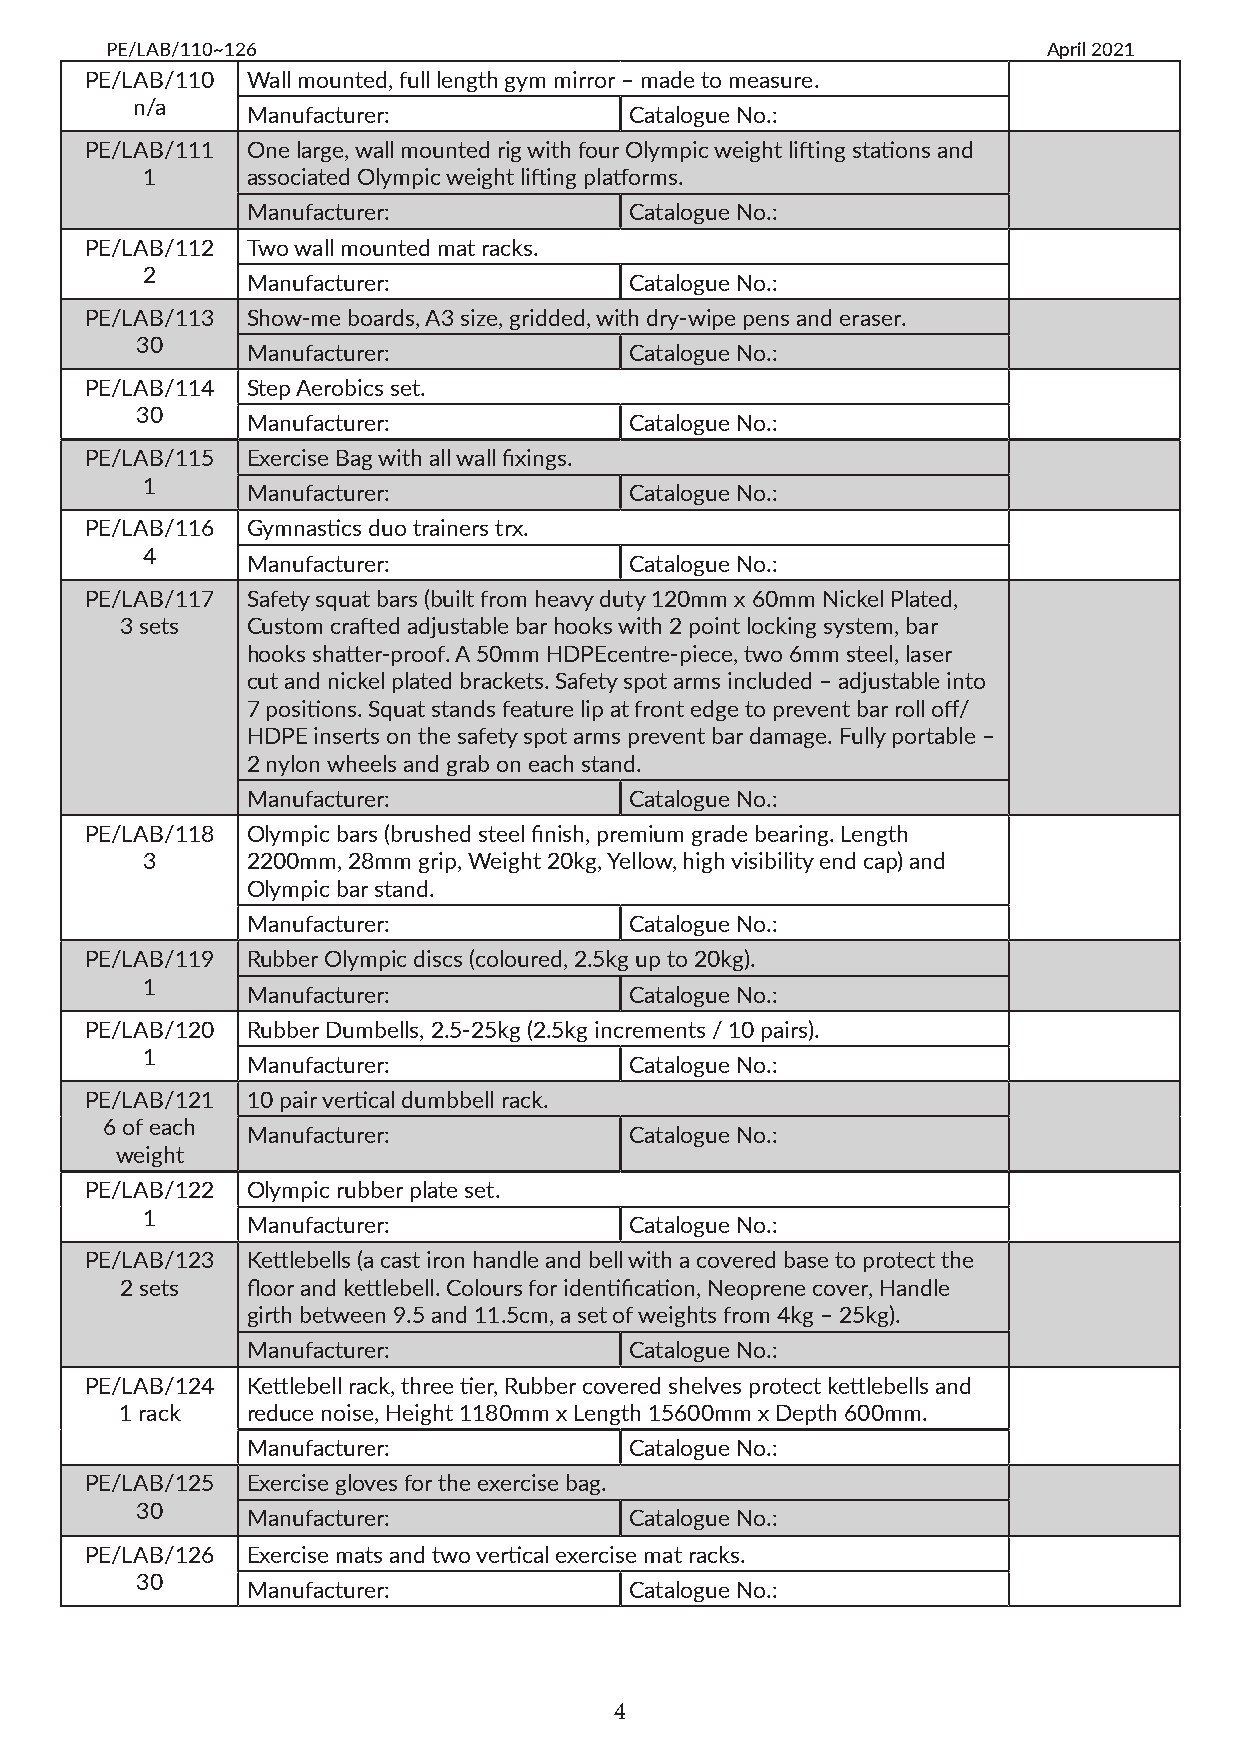
PE/LAB/110~126                                                April 2021
 PE/LAB/110 Wall mounted, full length gym mirror – made to measure.
 n/a
 Manufacturer:             Catalogue No.:
 PE/LAB/111 One large, wall mounted rig with four Olympic weight lifting stations and
 1      associated Olympic weight lifting platforms.
 Manufacturer:             Catalogue No.:
 PE/LAB/112 Two wall mounted mat racks.
 2
 Manufacturer:             Catalogue No.:
 PE/LAB/113 Show-me boards, A3 size, gridded, with dry-wipe pens and eraser.
 30
 Manufacturer:             Catalogue No.:
 PE/LAB/114 Step Aerobics set.
 30
 Manufacturer:             Catalogue No.:
 PE/LAB/115 Exercise Bag with all wall fixings.
 1
 Manufacturer:             Catalogue No.:
 PE/LAB/116 Gymnastics duo trainers trx.
 4
 Manufacturer:             Catalogue No.:
 PE/LAB/117 Safety squat bars (built from heavy duty 120mm x 60mm Nickel Plated,
 3 sets  Custom crafted adjustable bar hooks with 2 point locking system, bar
 hooks shatter-proof. A 50mm HDPEcentre-piece, two 6mm steel, laser
 cut and nickel plated brackets. Safety spot arms included – adjustable into
 7 positions. Squat stands feature lip at front edge to prevent bar roll off/
 HDPE inserts on the safety spot arms prevent bar damage. Fully portable –
 2 nylon wheels and grab on each stand.
 Manufacturer:             Catalogue No.:
 PE/LAB/118 Olympic bars (brushed steel finish, premium grade bearing. Length
 3      2200mm, 28mm grip, Weight 20kg, Yellow, high visibility end cap) and
 Olympic bar stand.
 Manufacturer:             Catalogue No.:
 PE/LAB/119 Rubber Olympic discs (coloured, 2.5kg up to 20kg).
 1
 Manufacturer:             Catalogue No.:
 PE/LAB/120 Rubber Dumbells, 2.5-25kg (2.5kg increments / 10 pairs).
 1
 Manufacturer:             Catalogue No.:
 PE/LAB/121 10 pair vertical dumbbell rack.
 6 of each
 Manufacturer:             Catalogue No.:
 weight
 PE/LAB/122 Olympic rubber plate set.
 1
 Manufacturer:             Catalogue No.:
 PE/LAB/123 Kettlebells (a cast iron handle and bell with a covered base to protect the
 2 sets  floor and kettlebell. Colours for identification, Neoprene cover, Handle
 girth between 9.5 and 11.5cm, a set of weights from 4kg – 25kg).
 Manufacturer:             Catalogue No.:
 PE/LAB/124 Kettlebell rack, three tier, Rubber covered shelves protect kettlebells and
 1 rack  reduce noise, Height 1180mm x Length 15600mm x Depth 600mm.
 Manufacturer:             Catalogue No.:
 PE/LAB/125 Exercise gloves for the exercise bag.
 30
 Manufacturer:             Catalogue No.:
 PE/LAB/126 Exercise mats and two vertical exercise mat racks.
 30
 Manufacturer:             Catalogue No.:
 4